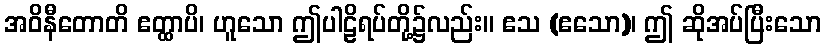
အဝိနီတောတိ ဧတ္ထာပိ၊ ဟူသော ဤပါဠိရပ်တို့၌လည်း။ ဧသ (ဧသော)၊ ဤ ဆိုအပ်ပြီးသော